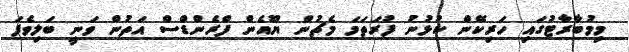
މިމުބާރާޓުގައި ހަރިކޭން ކުޅުނު ފުރަތަމަ މެޗުން ޔޫއެން ފްރެންޑްސް އަތުން ވަނީ ބަލިވެފަ